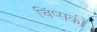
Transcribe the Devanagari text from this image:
चिंप्सकी